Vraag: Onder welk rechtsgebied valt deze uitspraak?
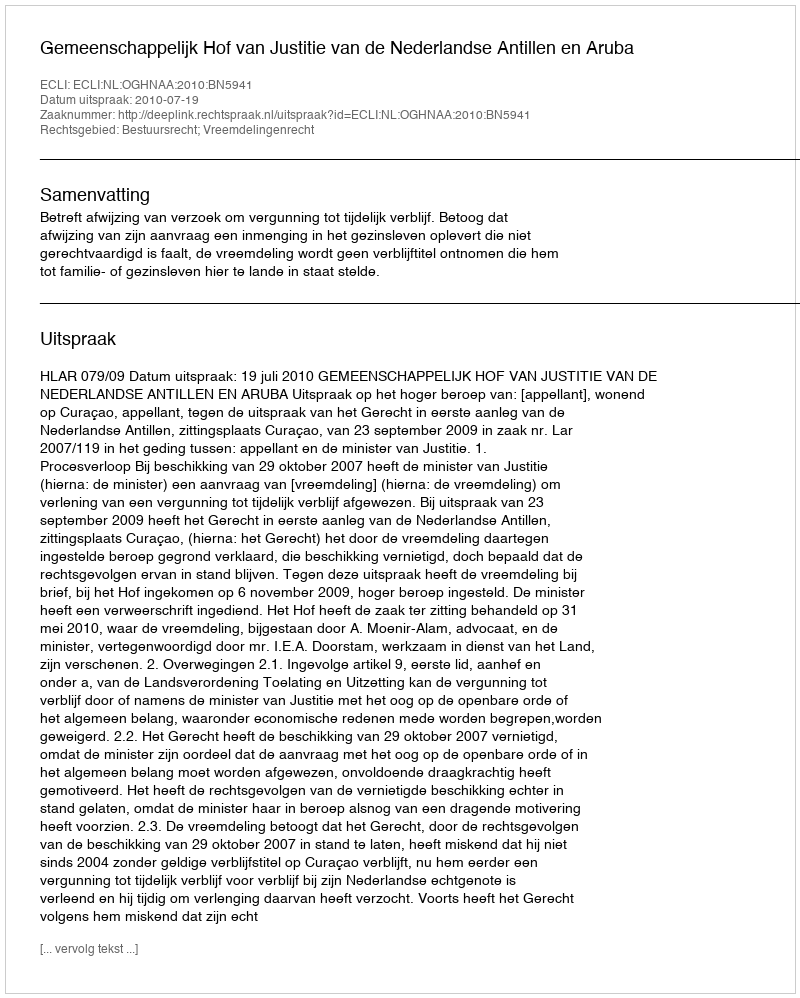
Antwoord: Bestuursrecht; Vreemdelingenrecht